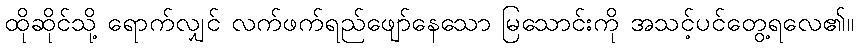
ထိုဆိုင်သို့ ရောက်လျှင် လက်ဖက်ရည်ဖျော်နေသော မြသောင်းကို အသင့်ပင်တွေ့ရလေ၏။